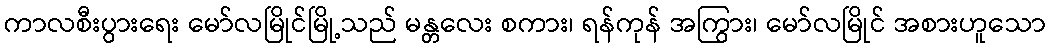
ကာလစီးပွားရေး မော်လမြိုင်မြို့သည် မန္တလေး စကား၊ ရန်ကုန် အကြွား၊ မော်လမြိုင် အစားဟူသော